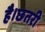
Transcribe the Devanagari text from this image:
है।छतरी